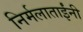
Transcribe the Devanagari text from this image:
निर्मलाताईंनी